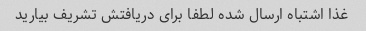
غذا اشتباه ارسال شده لطفا برای دریافتش تشریف بیارید